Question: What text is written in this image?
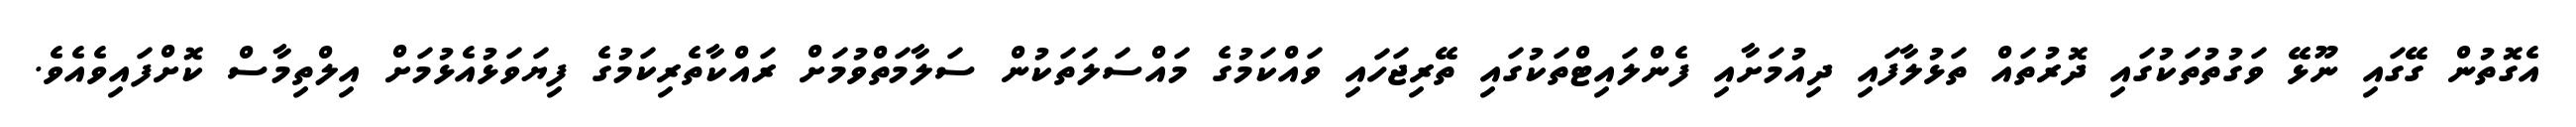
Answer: އެގޮތުން ގޭގައި ނޫޅޭ ވަގުތުތަކުގައި ދޮރުތައް ތަޅުލާފައި ދިއުމަށާއި ފެންލައިޓްތަކުގައި ތޭރިޖަހައި ވައްކަމުގެ މައްސަލަތަކުން ސަލާމަތްވުމަށް ރައްކާތެރިކަމުގެ ފިޔަވަޅުއެޅުމަށް އިލްތިމާސް ކޮށްފައިވެއެވެ.